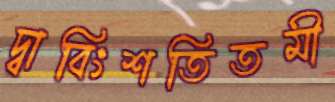
দ্বাবিংশতিতমী